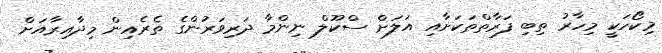
މިކޯހަކީ މިހާރު ތިބި ފަރާތްތަކަށާއި އަލަށް ސްކޫލް ނިންމާ ދަރިވަރުންގެ ތެރެއިން މިދާއިރާއަށް